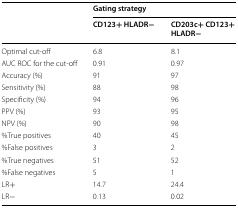
<table><thead><tr><td rowspan="2"></td><td colspan="2"><b>Gating strategy</b></td></tr><tr><td><b>CD123+ HLADR−</b></td><td><b>CD203c+ CD123+ HLADR−</b></td></tr></thead><tbody><tr><td>Optimal cut-off</td><td>6.8</td><td>8.1</td></tr><tr><td>AUC ROC for the cut-off</td><td>0.91</td><td>0.97</td></tr><tr><td>Accuracy (%)</td><td>91</td><td>97</td></tr><tr><td>Sensitivity (%)</td><td>88</td><td>98</td></tr><tr><td>Specificity (%)</td><td>94</td><td>96</td></tr><tr><td>PPV (%)</td><td>93</td><td>95</td></tr><tr><td>NPV (%)</td><td>90</td><td>98</td></tr><tr><td>%True positives</td><td>40</td><td>45</td></tr><tr><td>%False positives</td><td>3</td><td>2</td></tr><tr><td>%True negatives</td><td>51</td><td>52</td></tr><tr><td>%False negatives</td><td>5</td><td>1</td></tr><tr><td>LR+</td><td>14.7</td><td>24.4</td></tr><tr><td>LR−</td><td>0.13</td><td>0.02</td></tr></tbody></table>